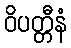
ဝိပတ္တီနံ